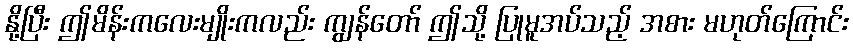
နို့ပြီး ဤမိန်းကလေးမျိုးကလည်း ကျွန်တော် ဤသို့ ပြုမူအပ်သည့် အစား မဟုတ်ကြောင်း